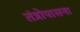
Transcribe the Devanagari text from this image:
तंत्रोपासना